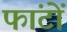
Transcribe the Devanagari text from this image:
फांटों